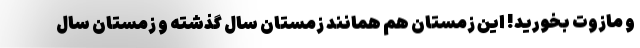
و مازوت بخورید! این زمستان هم همانند زمستان سال گذشته و زمستان سال